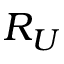
R _ { U }